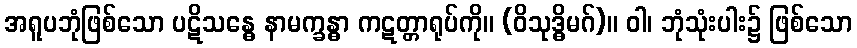
အရူပဘုံဖြစ်သော ပဋိသန္ဓေ နာမက္ခန္ဓာ ကဋတ္တာရုပ်ကို။ (ဝိသုဒ္ဓိမဂ်)။ ဝါ၊ ဘုံသုံးပါး၌ ဖြစ်သော